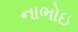
નાભોઇ